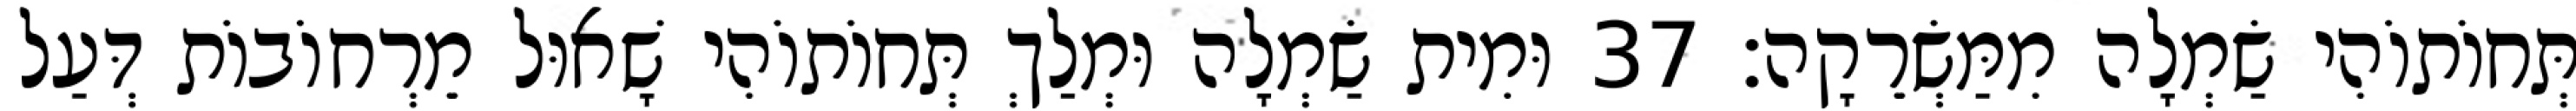
תְּחוֹתוֹהִי שַׂמְלָה מִמַּשְׂרֵקָה׃ 37 וּמִית שַׂמְלָה וּמְלַךְ תְּחוֹתוֹהִי שָׁאוּל מֵרְחוֹבוֹת דְּעַל